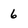
Character: 6